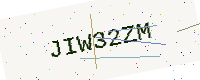
Text: JIW32ZM